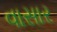
વાસાર